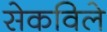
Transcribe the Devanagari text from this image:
सेकविले